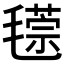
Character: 𣰁